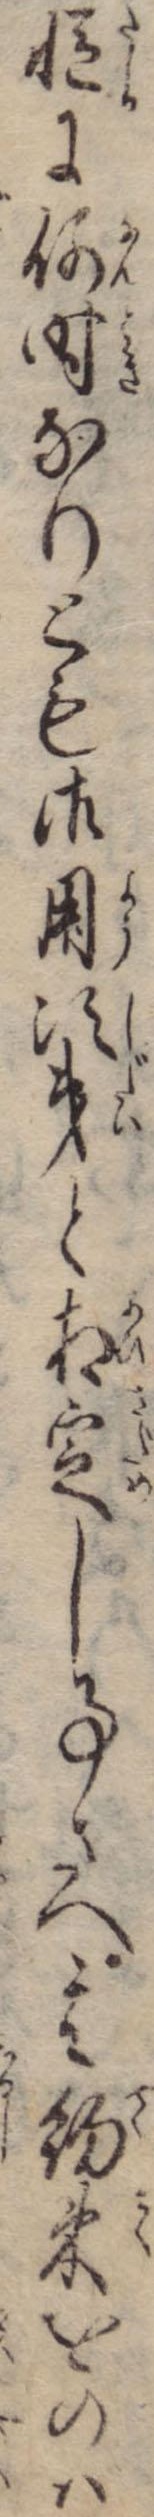
慥に何時なりとも御用次第と相定し事さへ其約束をのば